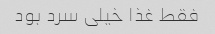
فقط غذا خیلى سرد بود